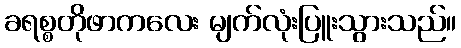
ခရစ္စတိုဖာကလေး မျက်လုံးပြူးသွားသည်။